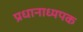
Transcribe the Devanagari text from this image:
प्रधानाध्यपक